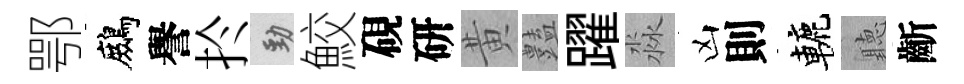
鄂鷓譽扵勁鮫硯研黄𧰟躍淼凶則轆聽齗